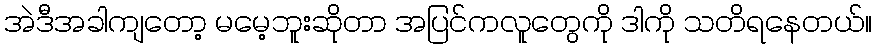
အဲဒီအခါကျတော့ မမေ့ဘူးဆိုတာ အပြင်ကလူတွေကို ဒါကို သတိရနေတယ်။